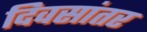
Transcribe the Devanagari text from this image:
दिवसांतर